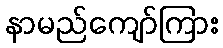
နာမည်ကျော်ကြား